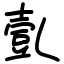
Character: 亄